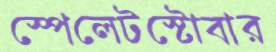
স্পেলেটস্টোবার